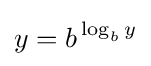
y=b^{\,\log _{b}y}